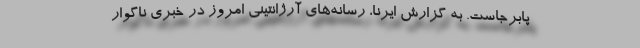
پابرجاست. به گزارش ایرنا، رسانه‌های آرژانتینی امروز در خبری ناگوار